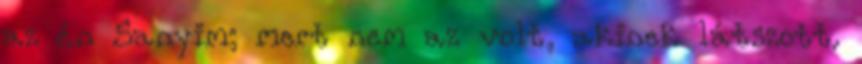
az én Sa­nyim; mert nem az volt, akinek látszott.